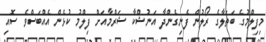
މިފިލްމުގެ ބަތަލާގެ ރޯލުން ފެނިގެންދާ އަނުޝްކާ ޝަރްމާއަށް ފިލްމު ކުޅެން އެއްބަސްވެ ސޮއި